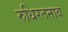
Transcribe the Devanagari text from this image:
रुधिरतनाव